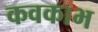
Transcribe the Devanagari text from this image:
कवकाभ